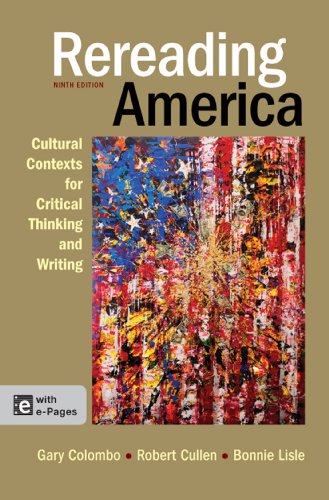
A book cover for Rereading America: Cultural Contexts for Critical Thinking and Writing, 9th Edition; Gary Colombo; Reference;